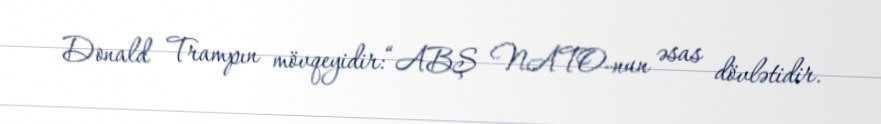
Donald Trampın mövqeyidir:“ABŞ NATO-nun əsas dövlətidir.